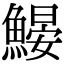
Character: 𩹽